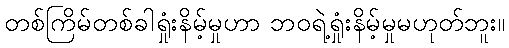
တစ်ကြိမ်တစ်ခါရှုံးနိမ့်မှုဟာ ဘဝရဲ့ရှုံးနိမ့်မှုမဟုတ်ဘူး။